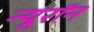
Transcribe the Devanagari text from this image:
न्‍यूरॉन